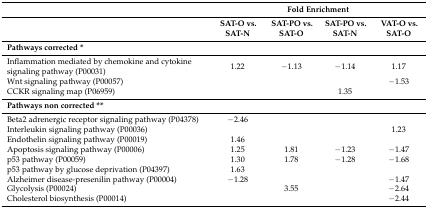
<table><thead><tr><td></td><td colspan="4"><b>Fold Enrichment</b></td></tr><tr><td></td><td><b>SAT-O vs. SAT-N</b></td><td><b>SAT-PO vs. SAT-O</b></td><td><b>SAT-PO vs. SAT-N</b></td><td><b>VAT-O vs. SAT-O</b></td></tr></thead><tbody><tr><td colspan="5"><b>Pathways corrected *</b></td></tr><tr><td>Inflammation mediated by chemokine and cytokine signaling pathway (P00031)</td><td>1.22</td><td>−1.13</td><td>−1.14</td><td>1.17</td></tr><tr><td>Wnt signaling pathway (P00057)</td><td></td><td></td><td></td><td>−1.53</td></tr><tr><td>CCKR signaling map (P06959)</td><td></td><td></td><td>1.35</td><td></td></tr><tr><td><b>Pathways non corrected **</b></td><td></td><td></td><td></td><td></td></tr><tr><td>Beta2 adrenergic receptor signaling pathway (P04378)</td><td>−2.46</td><td></td><td></td><td></td></tr><tr><td>Interleukin signaling pathway (P00036)</td><td></td><td></td><td></td><td>1.23</td></tr><tr><td>Endothelin signaling pathway (P00019)</td><td>1.46</td><td></td><td></td><td></td></tr><tr><td>Apoptosis signaling pathway (P00006)</td><td>1.25</td><td>1.81</td><td>−1.23</td><td>−1.47</td></tr><tr><td>p53 pathway (P00059)</td><td>1.30</td><td>1.78</td><td>−1.28</td><td>−1.68</td></tr><tr><td>p53 pathway by glucose deprivation (P04397)</td><td>1.63</td><td></td><td></td><td></td></tr><tr><td>Alzheimer disease-presenilin pathway (P00004)</td><td>−1.28</td><td></td><td></td><td>−1.47</td></tr><tr><td>Glycolysis (P00024)</td><td></td><td>3.55</td><td></td><td>−2.64</td></tr><tr><td>Cholesterol biosynthesis (P00014)</td><td></td><td></td><td></td><td>−2.44</td></tr></tbody></table>